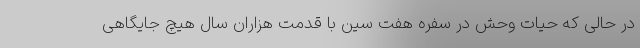
در حالی که حیات وحش در سفره هفت سین با قدمت هزاران سال هیچ جایگاهی